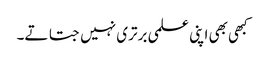
کبھی بھی اپنی علمی برتری نہیں جتاتے۔